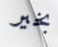
بخير